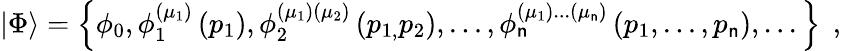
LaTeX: \left|\Phi\right\rangle=\left\{ \phi_{0},\phi_{1}^{(\mu_{1})}\left(p_{1}\right),\phi_{2}^{(\mu_{1})(\mu_{2})}\left(p_{1,}p_{2}\right),...,\phi_{\mathsf{n}}^{(\mu_{1})...(\mu_{\mathsf{n}})}\left(p_{1},...,p_{\mathsf{n}}\right),...\right\} \; \, ,